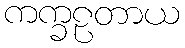
ကက္ခဠတာယ